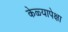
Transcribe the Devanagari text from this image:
केळ्यापेक्षा